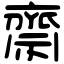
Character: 齋